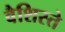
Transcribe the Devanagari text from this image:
वैशिस्ते